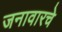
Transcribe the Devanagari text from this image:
जनावारचे